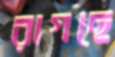
রাগছে